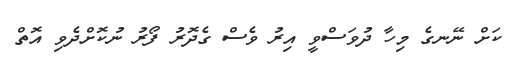
ކަށް ނޭނގެ މިހާ ދުވަސްވީ އިރު ވެސް ގެދޮރު ފޯރު ނުކޮށްދެވި އޮތް